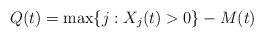
LaTeX: \begin{align*}Q(t) = \max\{j: X_j(t) > 0\} - M(t)\end{align*}